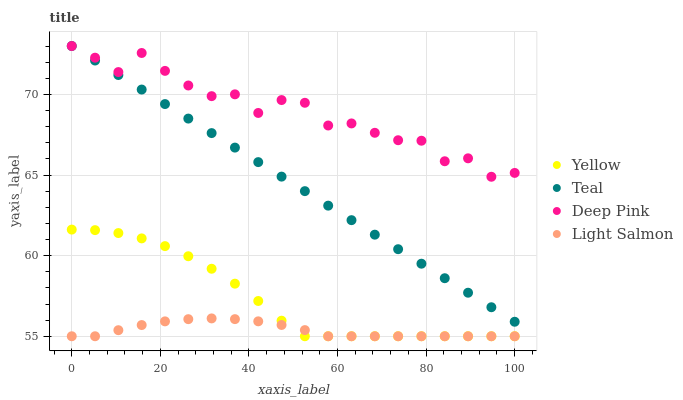
| xaxis_label | Yellow | Teal | Deep Pink | Light Salmon |
 | --- | --- | --- | --- | --- |
 | 0 | 61.6 | 73 | 73 | 55 |
 | 5.26 | 61.6 | 72.1 | 72.3 | 55 |
 | 10.5 | 61.4 | 71.2 | 71.4 | 55.4 |
 | 15.8 | 61.1 | 70.3 | 72.6 | 55.7 |
 | 21.1 | 60.6 | 69.4 | 71.5 | 55.9 |
 | 26.3 | 60 | 68.5 | 70.6 | 56.1 |
 | 31.6 | 59.2 | 67.6 | 69.9 | 56.1 |
 | 36.8 | 58.3 | 66.7 | 70 | 56.1 |
 | 42.1 | 57.2 | 65.8 | 68.8 | 55.9 |
 | 47.4 | 56 | 64.9 | 69.6 | 55.7 |
 | 52.6 | 55 | 64 | 69.5 | 55.4 |
 | 57.9 | 55 | 63.1 | 68.1 | 55 |
 | 63.2 | 55 | 62.2 | 68.2 | 55 |
 | 68.4 | 55 | 61.3 | 67.6 | 55 |
 | 73.7 | 55 | 60.4 | 67.2 | 55 |
 | 78.9 | 55 | 59.5 | 67.1 | 55 |
 | 84.2 | 55 | 58.6 | 65.9 | 55 |
 | 89.5 | 55 | 57.7 | 66 | 55 |
 | 94.7 | 55 | 56.8 | 64.9 | 55 |
 | 100 | 55 | 55.9 | 65.1 | 55 |